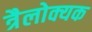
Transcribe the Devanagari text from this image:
त्रैलोक्यक